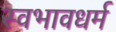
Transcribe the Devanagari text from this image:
स्वभावधर्म